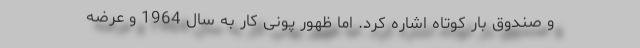
و صندوق بار کوتاه اشاره کرد. اما ظهور پونی کار به سال 1964 و عرضه